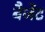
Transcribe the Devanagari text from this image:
बैजेंट